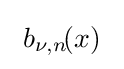
\ b_{\nu ,n}\!(x)\